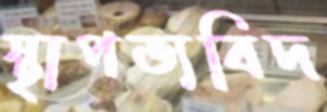
স্থাপত্যবিদ